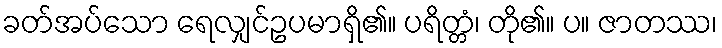
ခတ်အပ်သော ရေလျှင်ဥပမာရှိ၏။ ပရိတ္တံ၊ တို၏။ ပ။ ဇာတဿ၊